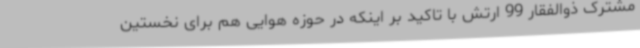
مشترک ذوالفقار 99 ارتش با تاکید بر اینکه در حوزه هوایی هم برای نخستین